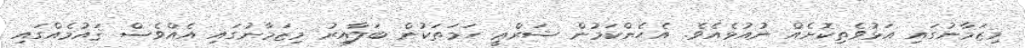
މިޒަމާނުގައި އަޅުވެތިކޮށެއް ނުއުޅެއެވެ. އެހެންކަމުން ޝަރްޢީ ހަމަތަކުން ބަލާއިރު މިޒަމާނުގައި އެއްވެސް ޤައުމެއްގައި